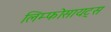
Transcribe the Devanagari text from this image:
लिम्फोसायट्स